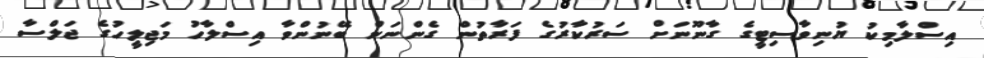
އިސްލާމިކު ޔުނިވާސިޓީގެ ގާނޫނަށް ސަރުކާރުގެ ފަރާތުން ގެންނަން ބޭނުންވާ އިސްލާހު މަޖިލީހުގެ ޖަލްސާ